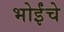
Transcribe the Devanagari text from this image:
भोईंचे